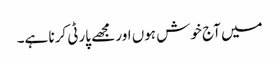
میں آج خوش ہوں اور مجھے پارٹی کرنا ہے۔